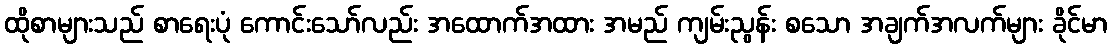
ထိုစာများသည် စာရေးပုံ ကောင်းသော်လည်း အထောက်အထား အမည် ကျမ်းညွန်း စသော အချက်အလက်များ ခိုင်မာ